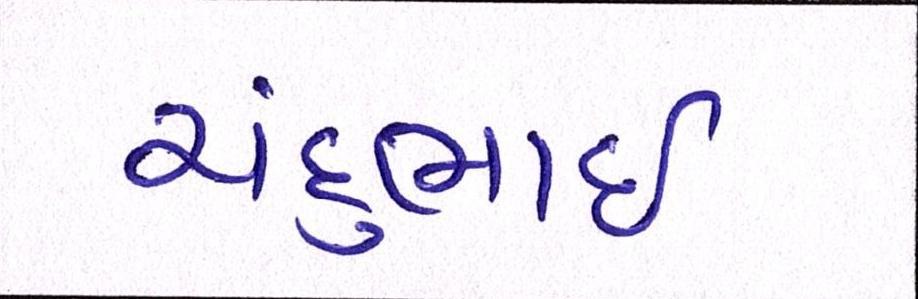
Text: ચંદુભાઈ